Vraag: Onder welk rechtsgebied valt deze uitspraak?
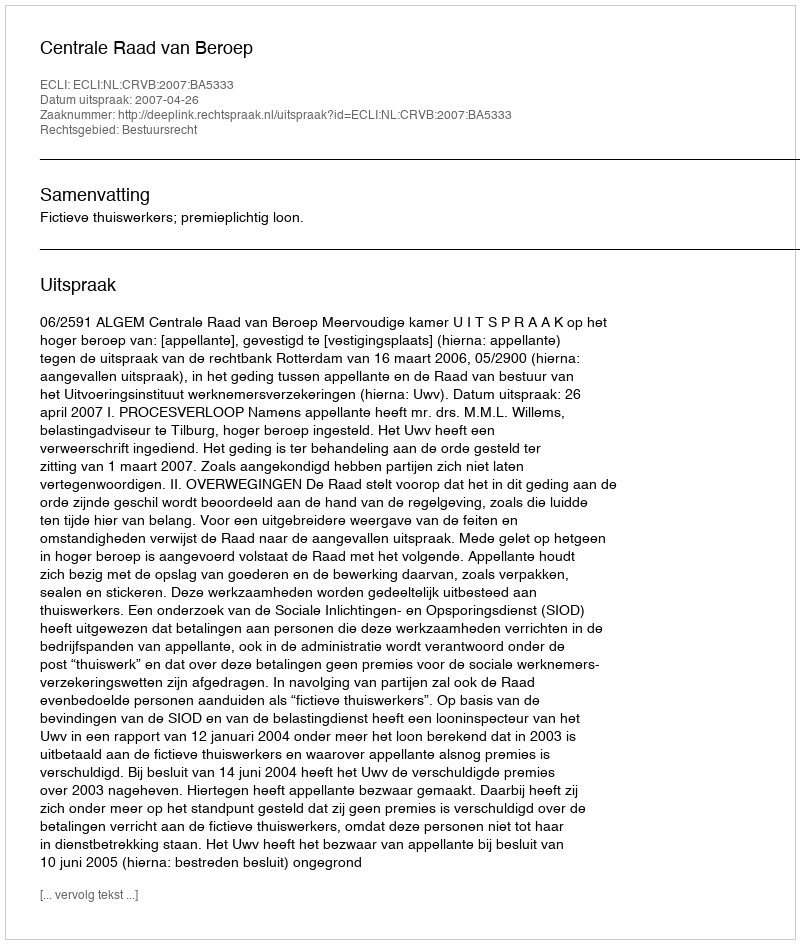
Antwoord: Bestuursrecht